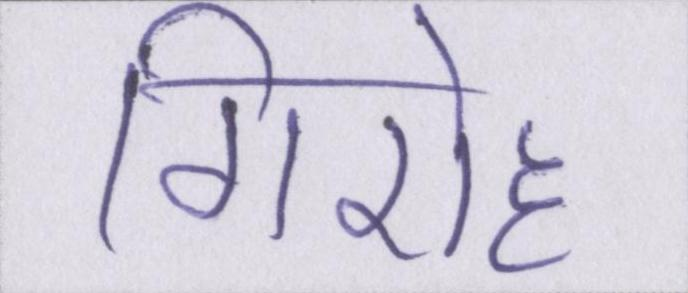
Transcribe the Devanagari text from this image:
गिरोह